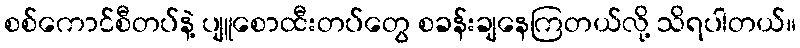
စစ်ကောင်စီတပ်နဲ့ ပျူစောထီးတပ်တွေ စခန်းချနေကြတယ်လို့ သိရပါတယ်။